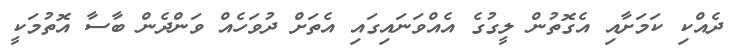
ދެއްކި ކަމަށާއި އެގޮތުން ލީގުގެ އެއްވަނައިގައި އެތަށް ދުވަހެއް ވަންދެން ބާސާ އޮތުމަކީ